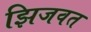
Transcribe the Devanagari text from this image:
झिजवत